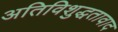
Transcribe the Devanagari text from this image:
अतिविशुद्धतावाद